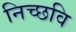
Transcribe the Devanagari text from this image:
निच्छवि